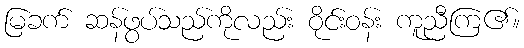
မြခက် ဆန်ဖွပ်သည်ကိုလည်း ဝိုင်းဝန်း ကူညီကြ၏။